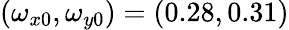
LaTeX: (\omega_{x0},\omega_{y0})=(0.28,0.31)